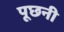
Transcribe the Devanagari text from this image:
पूछनी